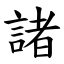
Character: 諸